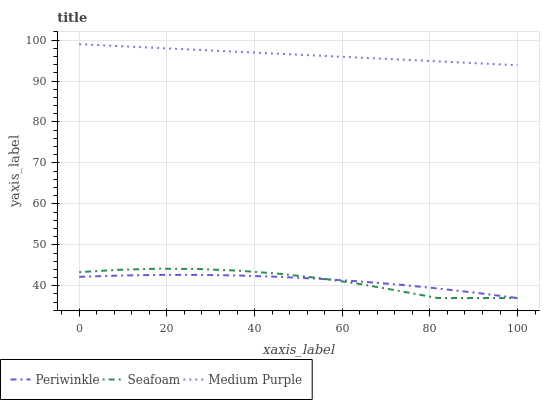
| xaxis_label | Periwinkle | Seafoam | Medium Purple |
 | --- | --- | --- | --- |
 | 0 | 42.2 | 43.3 | 99 |
 | 9.09 | 42.5 | 43.9 | 98.5 |
 | 18.2 | 42.7 | 44.2 | 98.1 |
 | 27.3 | 42.7 | 44.1 | 97.6 |
 | 36.4 | 42.5 | 43.7 | 97.1 |
 | 45.5 | 42.2 | 43 | 96.7 |
 | 54.5 | 41.7 | 41.9 | 96.2 |
 | 63.6 | 41.1 | 40.5 | 95.7 |
 | 72.7 | 40.3 | 38.8 | 95.3 |
 | 81.8 | 39.3 | 37 | 94.8 |
 | 90.9 | 38.2 | 37 | 94.3 |
 | 100 | 37 | 37 | 93.9 |